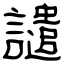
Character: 譴